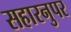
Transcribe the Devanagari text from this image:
सहारनुपर